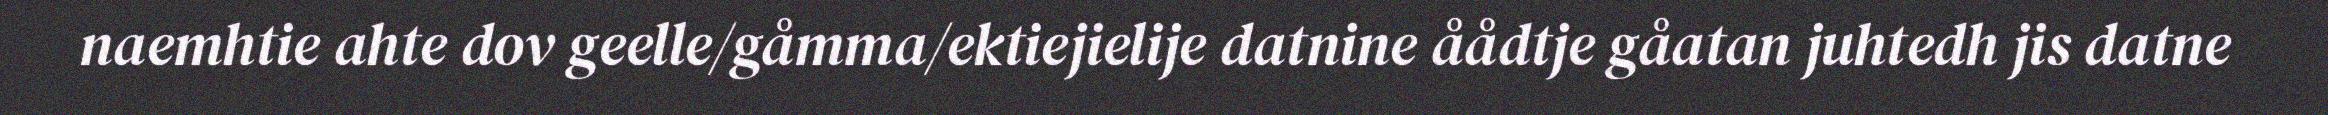
naemhtie ahte dov geelle/gåmma/ektiejielije datnine åådtje gåatan juhtedh jis datne